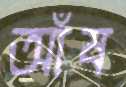
আঁষ